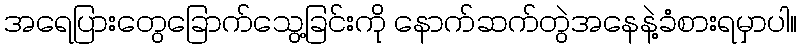
အရေပြားတွေခြောက်သွေ့ခြင်းကို နောက်ဆက်တွဲအနေနဲ့ခံစားရမှာပါ။